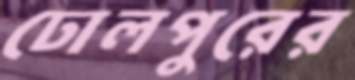
ঢোলপুরের